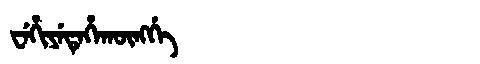
Manchu: ᠸᡝᡥᡳᠶᡝᡨᡝᡥᠠᡴᡡᠩᡤᡝ
Romanization: WEHIYETEHAKŪNGGE